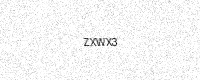
Text: ZXWX3